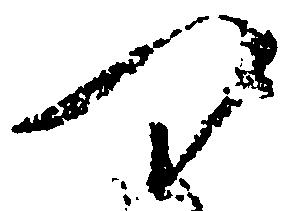
つ